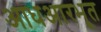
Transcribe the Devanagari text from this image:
आधआरभूत